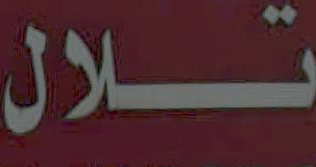
تلال